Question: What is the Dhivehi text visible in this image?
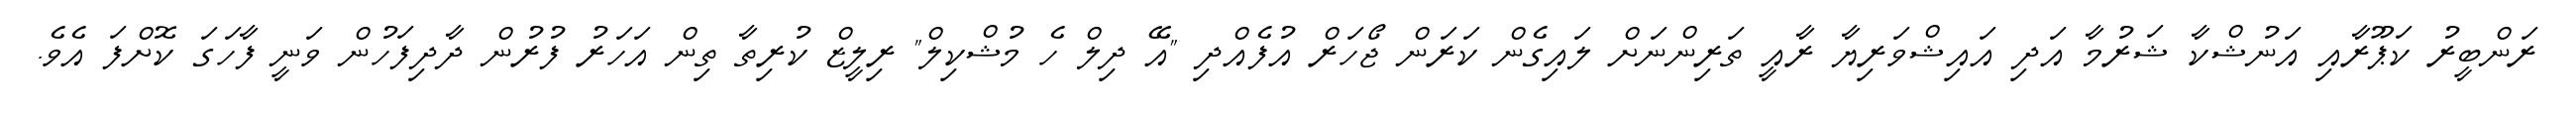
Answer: ރަންބީރު ކަޕޫރާއި އަނުޝްކާ ޝަރުމާ އަދި އައިޝްވަރިޔާ ރާއީ ތަރިންނަށް ލައިގެން ކަރަން ޖޯހަރް އުފެއްދި "އޭ ދިލް ހެ މުޝްކިލް" ރިލީޒް ކުރިތާ ތިން އަހަރު ފުރުން ދާދިފަހުން ވަނީ ފާހަގަ ކޮށްފަ އެވެ.